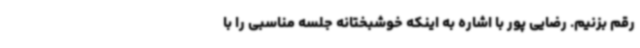
رقم بزنیم. رضایی پور با اشاره به اینکه خوشبختانه جلسه مناسبی را با